Document type: Testament
Year: 1300
Scribe: Bonanat d'Esparreguera
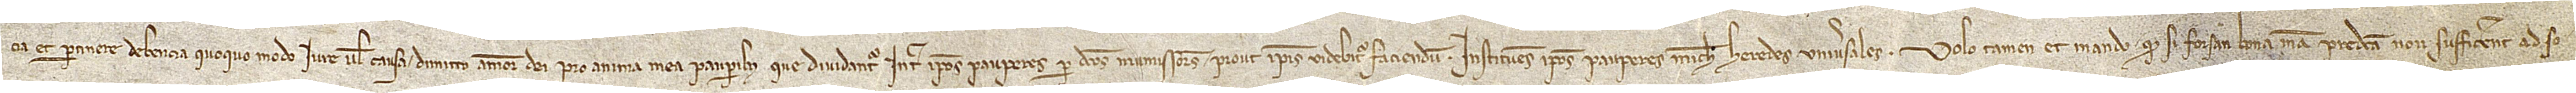
cia et pertinere debencia quoquo modo iure vel causa dimitto amore Dei pro anima mea pauperibus, que dividantur inter ipsos pauperes per dictos manumissores, prout ipsis videbitur faciendum, instituens ipsos pauperes michi heredes universales. Volo tamen et mando quod si forsan bona mea predicta non sufficerent ad so-